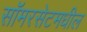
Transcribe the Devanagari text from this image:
सॉमरसेटमधील